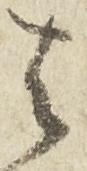
其